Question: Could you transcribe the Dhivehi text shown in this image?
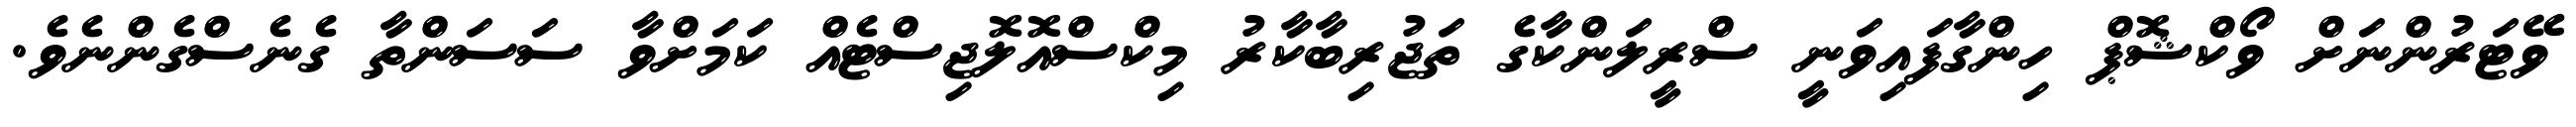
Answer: ވޭޓަރުންނަށް ވޯކްޝޮޕް ހިންގާފައިވަނީ ސްރީލަންކާގެ ތަޖުރިބާކާރު މިކްސްއޮލޮޖިސްޓެއް ކަމަށްވާ ސަސަންތާ ގެނެސްގެންނެވެ.